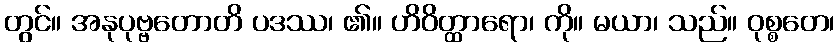
တွင်။ အနုပုဗ္ဗတောတိ ပဒဿ၊ ၏။ ဟိဝိတ္ထာရော၊ ကို။ မယာ၊ သည်။ ဝုစ္စတေ၊